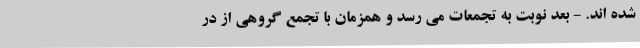
شده اند. - بعد نوبت به تجمعات می رسد و همزمان با تجمع گروهی از در